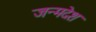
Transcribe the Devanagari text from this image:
जन्मदेश